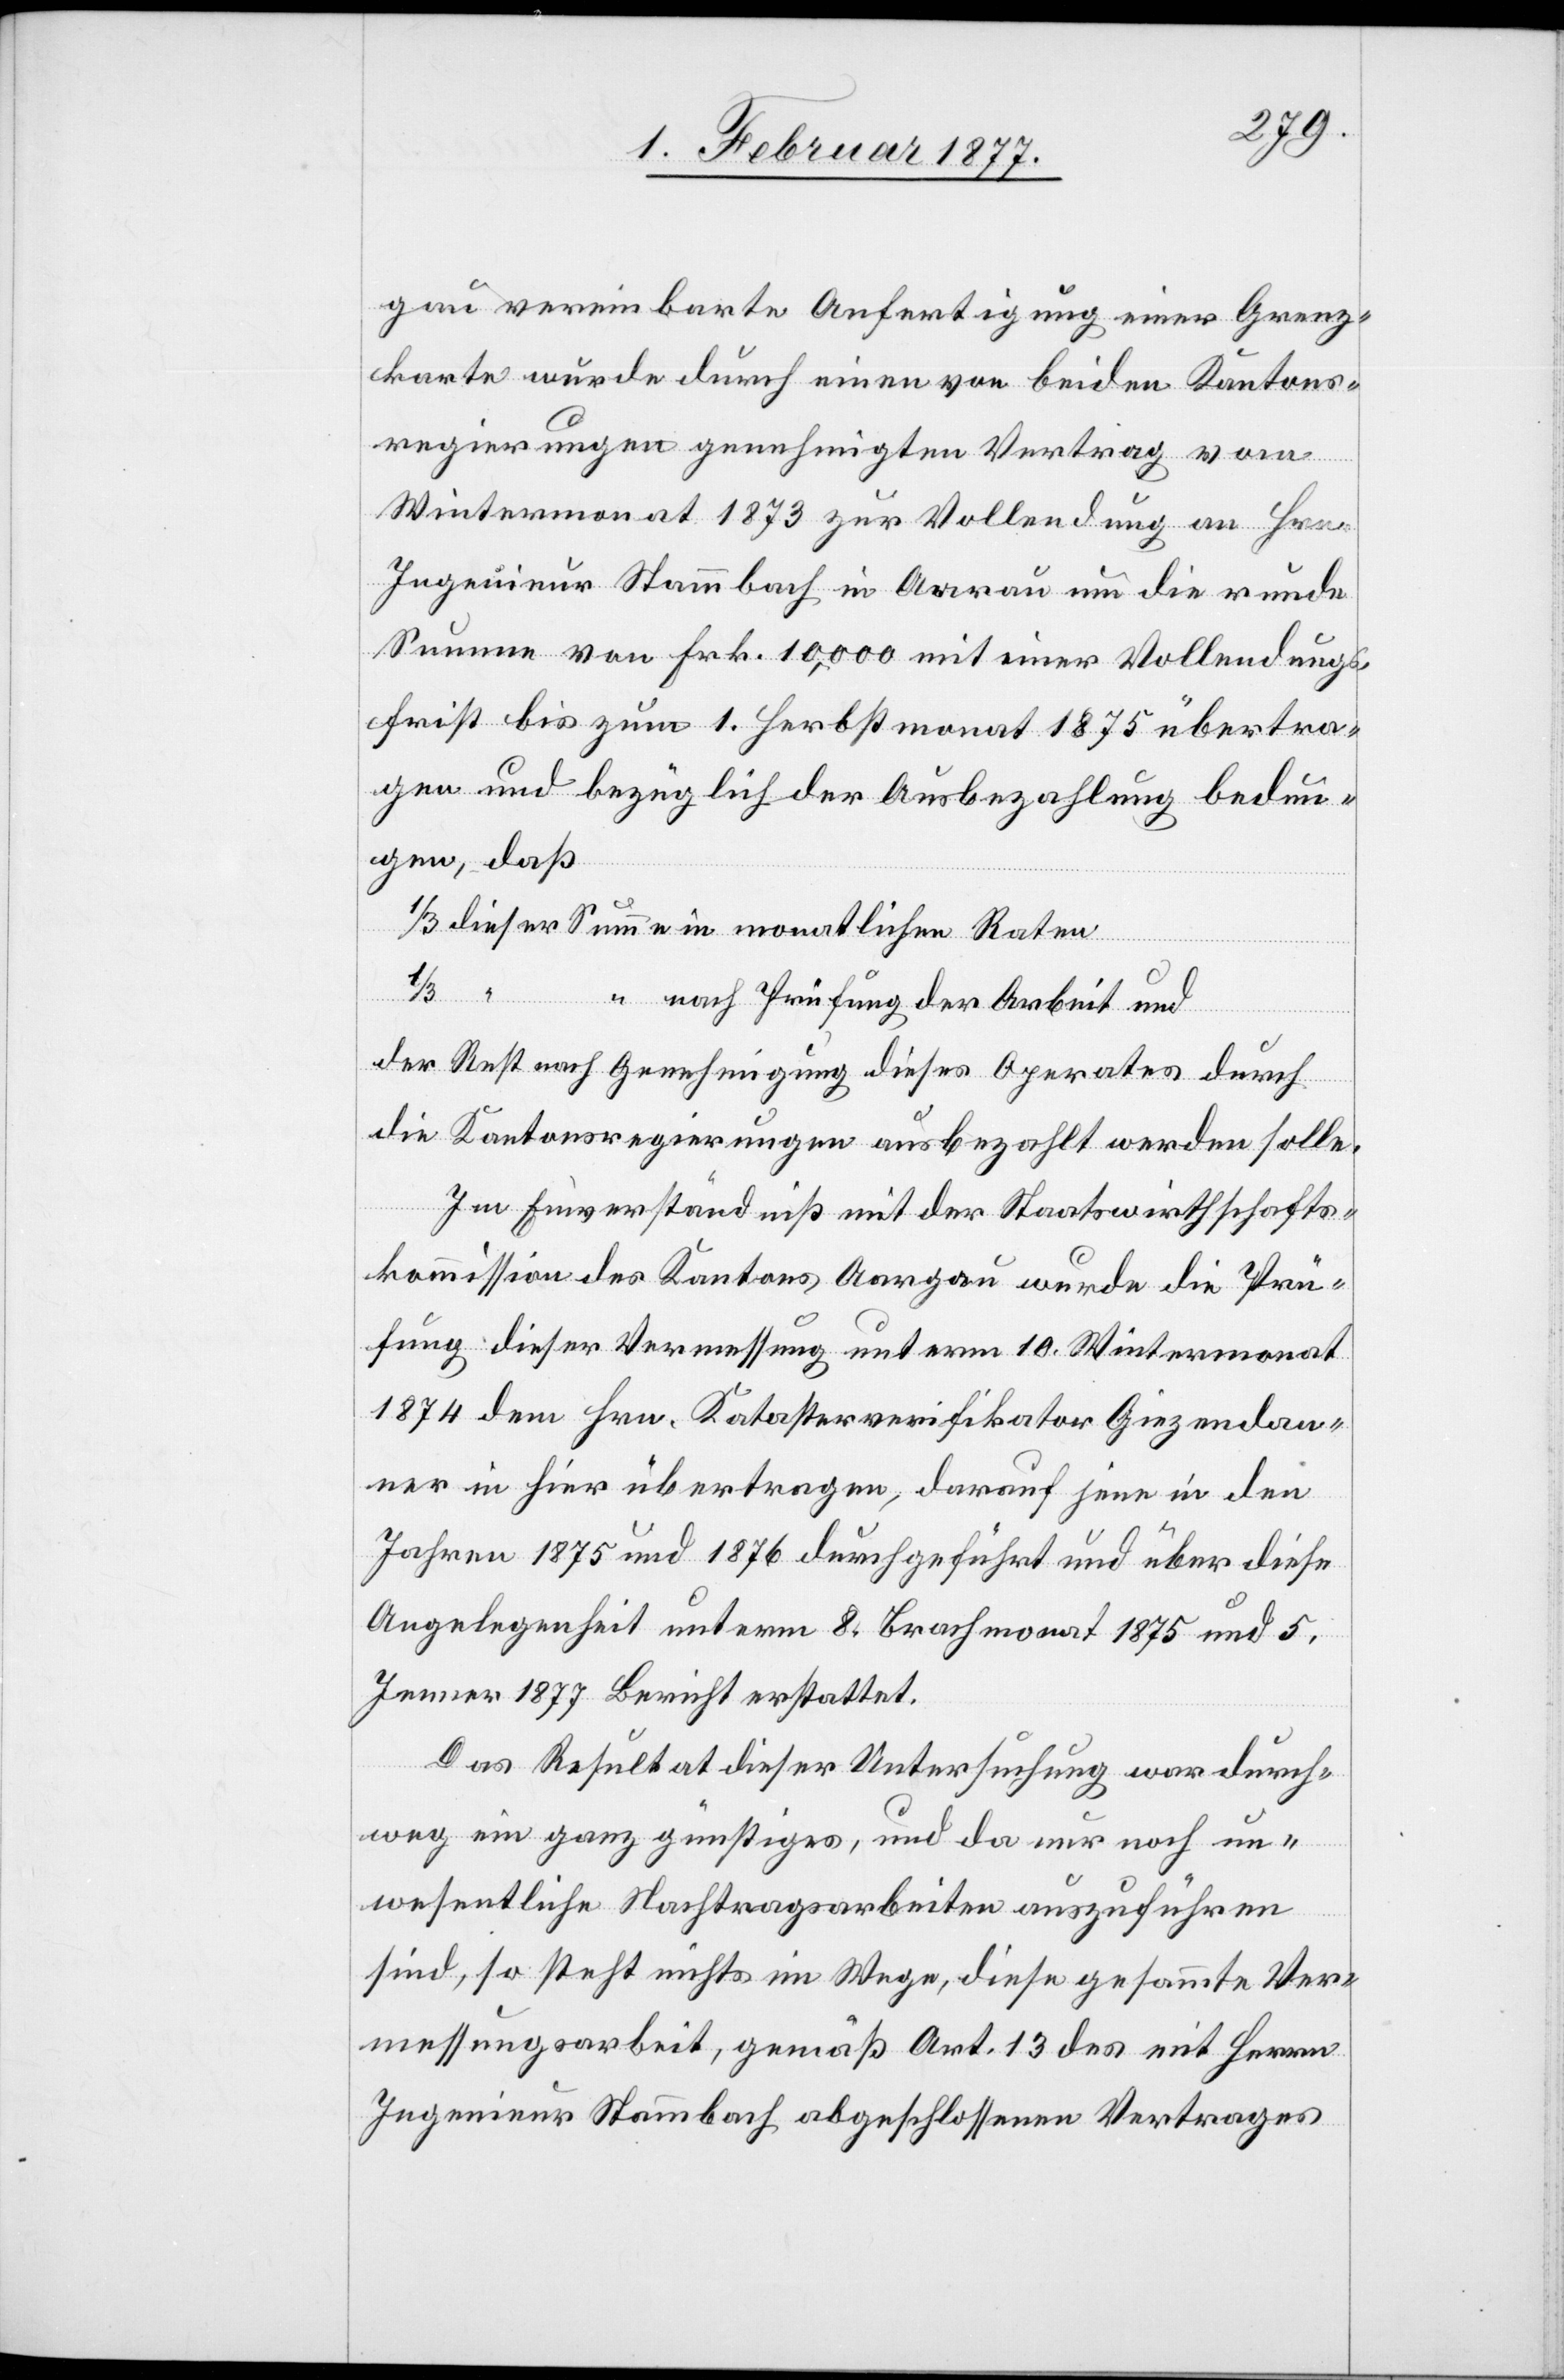
gau vereinbarte Anfertigung einer Grenz¬
karte wurde durch einen von beiden Kantons¬
regierungen genehmigten Vertrag vom
Wintermonat 1873 zur Vollendung an Hrn.
Ingenieur Stammbach in Aarau um die runde
Summe von Frk. 10,000 mit einer Vollendungs¬
frist bis zum 1. Herbstmonat 1875 übertra¬
gen und bezüglich der Ausbezahlung bedun¬
gen, daß
Summe
nach Prüfung der Arbeit und
der Rest nach Genehmigung dieses Operates durch
die Kantonsregierungen ausbezahlt werden solle.
Im Einverständniß mit der Staatswirthschafts¬
kommission des Kantons Aargau wurde die Prü¬
fung dieser Vermessung unterm 10. Wintermonat
1874 dem Hrn. Katasterverifikator Giezendan¬
ner in hier übertragen, darauf jene in den
Jahren 1875 und 1876 durchgeführt und über diese
Angelegenheit unterm 8. Brachmonat 1875 und 5.
Jenner 1877 Bericht erstattet.
Das Resultat dieser Untersuchung war durch¬
weg ein ganz günstiges, und da nur noch un¬
wesentliche Nachtragsarbeiten auszuführen
sind, so steht nichts im Wege, diese gesammte Ver¬
messungsarbeit, gemäß Art. 13 des mit Herrn
Ingenieur Stammbach abgeschlossenen Vertrages